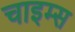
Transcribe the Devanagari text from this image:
चाइम्‍स